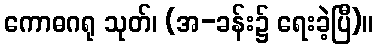
ကောဓဂရု သုတ်၊ (အ-ခန်း၌ ရေးခဲ့ပြီ)။